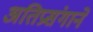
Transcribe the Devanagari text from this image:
अतिप्रसंगाने